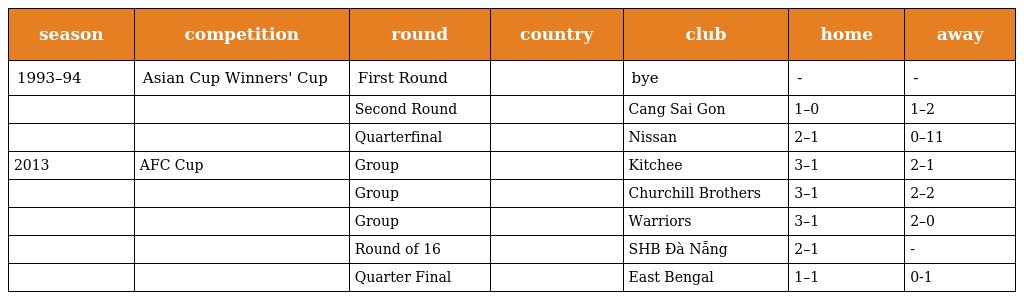
| season | competition | round | country | club | home | away |
 | --- | --- | --- | --- | --- | --- | --- |
 | 1993–94 | Asian Cup Winners' Cup | First Round |  | bye | - | - |
 |  |  | Second Round |  | Cang Sai Gon | 1–0 | 1–2 |
 |  |  | Quarterfinal |  | Nissan | 2–1 | 0–11 |
 | 2013 | AFC Cup | Group |  | Kitchee | 3–1 | 2–1 |
 |  |  | Group |  | Churchill Brothers | 3–1 | 2–2 |
 |  |  | Group |  | Warriors | 3–1 | 2–0 |
 |  |  | Round of 16 |  | SHB Ðà Nẵng | 2–1 | - |
 |  |  | Quarter Final |  | East Bengal | 1–1 | 0-1 |